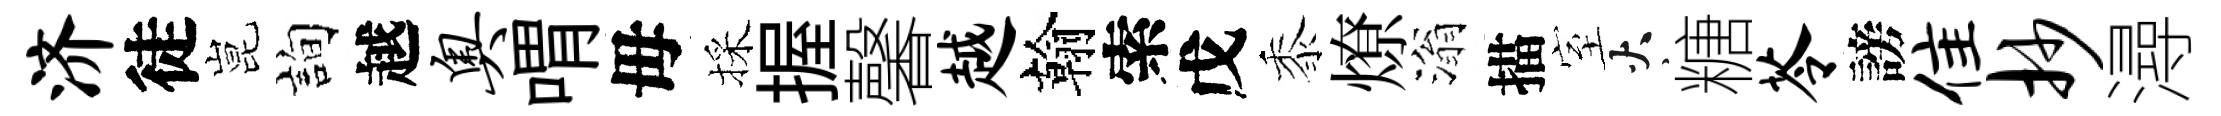
济徒昆詢越奥喟毋採握馨越翰索戊黍燎滃描室火糖苓謗隹抄潯